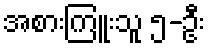
အစားကြူးသူ ၅-ဦး